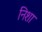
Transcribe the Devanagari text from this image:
निशा